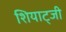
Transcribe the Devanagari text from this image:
शियाट्जी